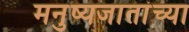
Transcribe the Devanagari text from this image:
मनुष्यजातांच्या